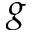
g